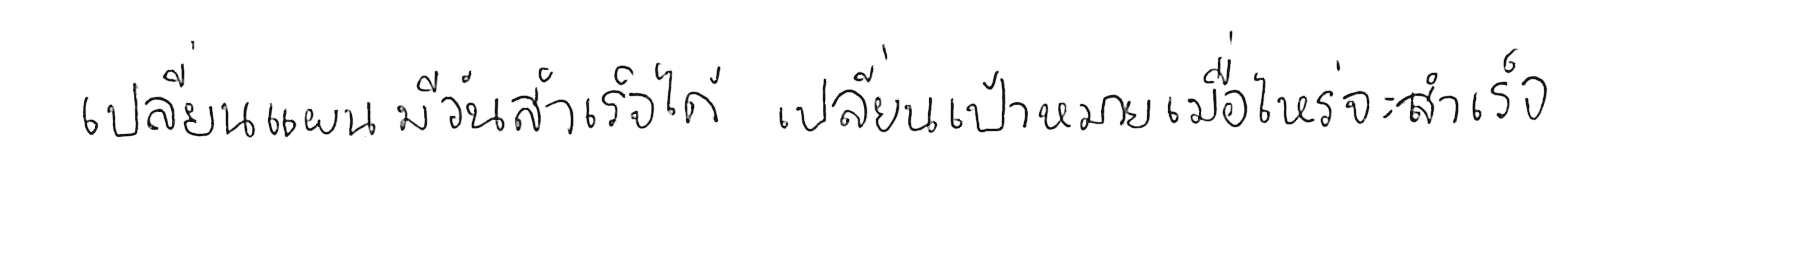
เปลี่ยนแผน มีวันสำเร็จได้ เปลี่ยนเป้าหมาย เมื่อไหร่จะสำเร็จ